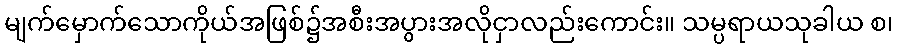
မျက်မှောက်သောကိုယ်အဖြစ်၌အစီးအပွားအလိုငှာလည်းကောင်း။ သမ္ပရာယသုခါယ စ၊